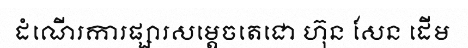
ដំណើរការផ្សារសម្តេចតេជោ ហ៊ុន សែន ដើម